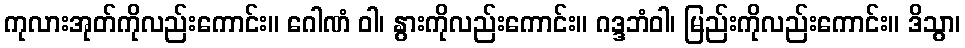
ကုလားအုတ်ကိုလည်းကောင်း။ ဂေါဏံ ဝါ၊ နွားကိုလည်းကောင်း။ ဂဒ္ဒဘံဝါ၊ မြည်းကိုလည်းကောင်း။ ဒိသွာ၊